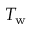
T _ { \mathrm { w } }